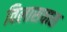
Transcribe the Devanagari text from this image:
विलासवास